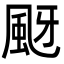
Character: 颬